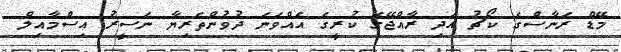
މޭޑް ރަނާސްގެ ކޯޗު އަދި ރާއްޖޭގެ ކުރީގެ އެއްވަނަ ދުވުންތެރިޔާ ނަސީރު އިސްމާއިލް